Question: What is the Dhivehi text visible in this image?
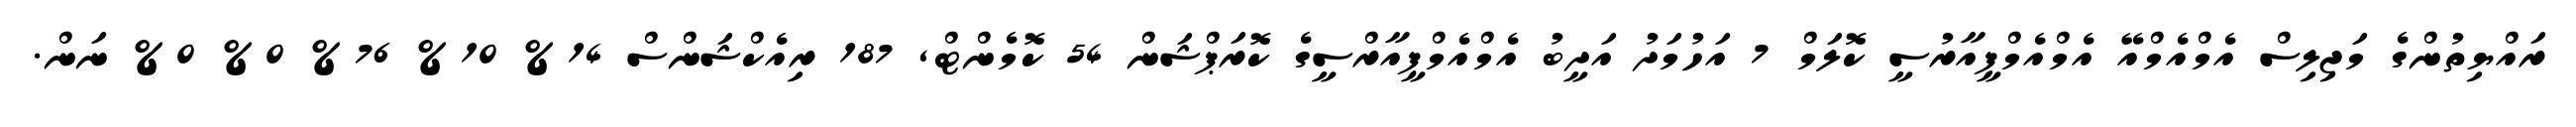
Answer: ރައްޔިތުންގެ މަޖިލިސް އެމްއެމްއޭ އެމްއެމްޕީއާރުސީ ކޮލަމް 7 އަހުމަދު އަދީބު އެމްއެމްޕީއާރްސީގެ ކޮރަޕްޝަން 54 ކޮމެންޓް, 187 ރިއެކްޝަންސް 14% 10% 76% 0% 0% ނަން.